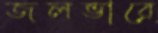
জলভারে